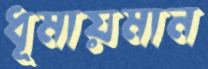
ধূমায়মান